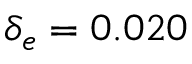
\delta _ { e } = 0 . 0 2 0